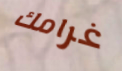
غرامك